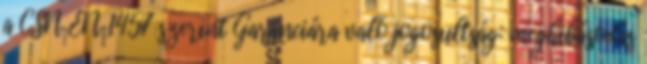
a CSN EN 1457 szerint Garanciára való jogosultság: meghibásodás